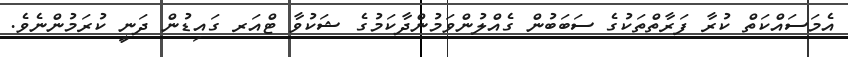
އެމަސައްކަތް ކުރާ ފަރާތްތަކުގެ ސަބަބުން ގެއްލުންވަމުންދާކަމުގެ ޝަކުވާ ޓްއަރ ގައިޑުން ދަނީ ކުރަމުންނެވެ.